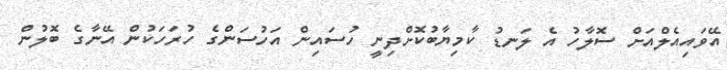
އޭވައިއެލްއަށް ސޮލާހު އެ ލަނޑު ކާމިޔާބުކޮށްދިނީ ހުސައިން އަހުސަންގެ ހުރަހަކުން އޭނާގެ ބޮލުން